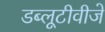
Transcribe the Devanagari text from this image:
डब्लूटीवीजे